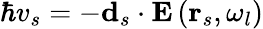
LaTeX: \hbar v_{s}=-\mathbf{d}_{s}\cdot\mathbf{E}\left(\mathbf{r}_{s},\omega_{l}\right)